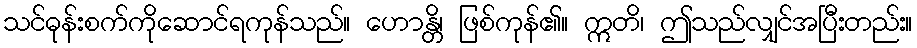
သင်ဓုန်းစက်ကိုဆောင်ရကုန်သည်။ ဟောန္တိ၊ ဖြစ်ကုန်၏။ ဣတိ၊ ဤသည်လျှင်အပြီးတည်း။